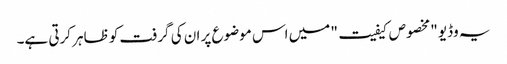
یہ وڈیو "مخصوص کیفیت" میں اس موضوع پر ان کی گرفت کو ظاہر کرتی ہے۔